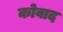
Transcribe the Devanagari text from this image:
कोवाद